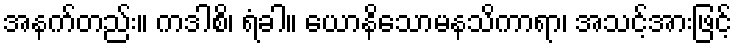
အနက်တည်း။ ကဒါစိ၊ ရံခါ။ ယောနိသောမနသိကာရာ၊ အသင့်အားဖြင့်